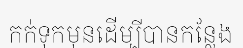
កក់ទុកមុនដើម្បីបានកន្លែង